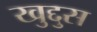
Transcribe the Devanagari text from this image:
खुद्दुस